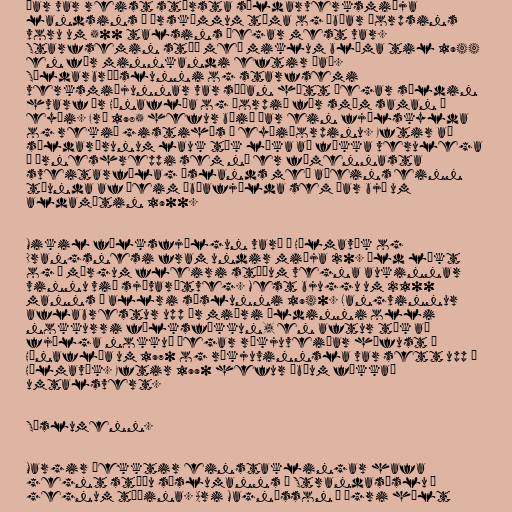
Þar var reist stærsta síldarverksmiðja
landsins á örskömmum tíma og íbúar þorpsins
voru um 500 talsins þegar mest var.
Starfsemin stóð með miklum blóma til 1944
en fór minnkandi eftir það.
Síldarbræðslunni og starfsemi
verksmiðjunnar var síðan hætt þegar síldin
hvarf úr Húnaflóa og þorpið fór smám saman í
eyði. Frá 1985 hefur búið þar ein fjölskylda
og rekið gistihús í eyðiþorpinu. Eftir að
síldarárunum lauk tók líka að fækka verulega
í Árneshreppi sem nú er fámennasta
sveitarfélag Íslands með aðeins einn
tíunda af þeim íbúafjölda sem þar bjó um
aldamótin 1900.

Mikil fólksfjölgun varð á Hólmavík og
Drangsnesi fram undir miðja 20. öld líkt
og á mörgum fleiri stöðum vegna aukinnar
vinnu við sjávarútveg. Mest bjuggu um 2100
manns í allri sýslunni 1940. Langvinnur
aflabrestur upp úr miðri öldinni olli
nokkurri fólksfækkun, en aftur tók að
fjölga nokkuð þegar rækjuveiðar hófust í
Húnaflóa um 1970 og rækjuvinnsla var sett upp á
Hólmavík. Eftir 1990 hefur íbúum fækkað
umtalsvert.

Sýslumenn.

Margir þekktir einstaklingar hafa
gegnt stöðu sýslumanns í Strandasýslu í
gegnum tíðina. Ari Magnússon í Ögri hélt